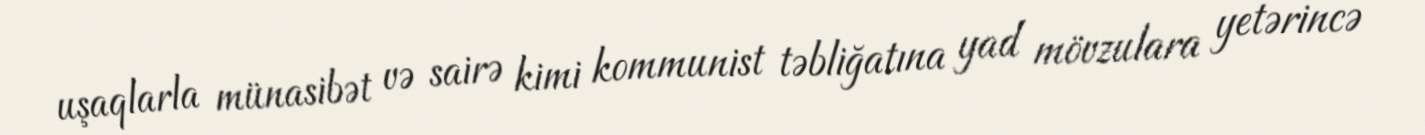
uşaqlarla münasibət və sairə kimi kommunist təbliğatına yad mövzulara yetərincə